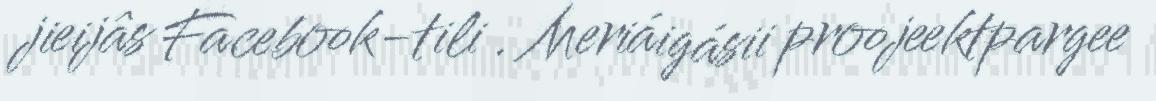
jieijâs Facebook-tili . Meriáigásii proojeektpargee